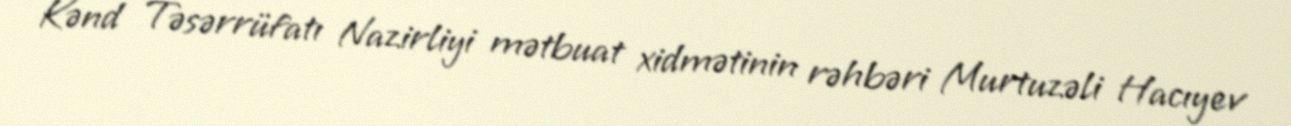
Kənd Təsərrüfatı Nazirliyi mətbuat xidmətinin rəhbəri Murtuzəli Hacıyev